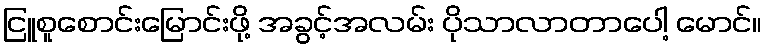
ငြူစူစောင်းမြောင်းဖို့ အခွင့်အလမ်း ပိုသာလာတာပေါ့ မောင်။